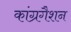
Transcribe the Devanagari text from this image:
कांग्रगैशन